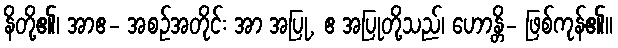
နိတို့၏၊ အာဧ- အစဉ်အတိုင်း အာ အပြု, ဧ အပြုတို့သည်၊ ဟောန္တိ- ဖြစ်ကုန်၏။